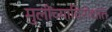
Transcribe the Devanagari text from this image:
मुलींच्याविरोधात